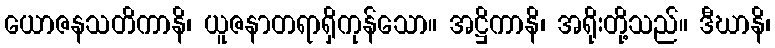
ယောဇနသတိကာနိ၊ ယူဇနာတရာရှိကုန်သော။ အဋ္ဌိကာနိ၊ အရိုးတို့သည်။ ဒီဃာနိ၊